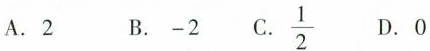
A.2 B.-2 C.\frac{1}{2} D.0